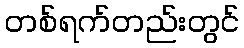
တစ်ရက်တည်းတွင်